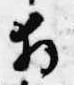
拝